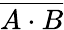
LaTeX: \overline{{A\cdot B}}